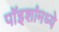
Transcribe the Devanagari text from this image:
पॉइशांमध्ये